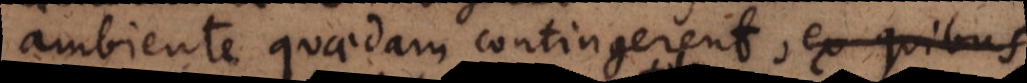
ambiente quaedam contingerent, ex quibus